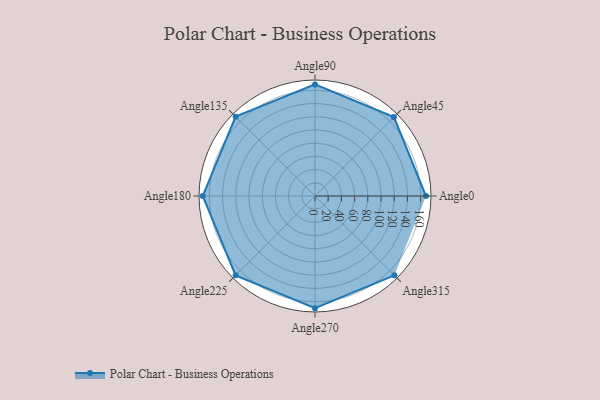
{"axis": {"x": "Angle", "y": "Radius"}, "legend": [""], "data": [{"x": "Angle0", "y": 168.0, "type": ""}, {"x": "Angle45", "y": 169.0, "type": ""}, {"x": "Angle90", "y": 169.0, "type": ""}, {"x": "Angle135", "y": 170, "type": ""}, {"x": "Angle180", "y": 170, "type": ""}, {"x": "Angle225", "y": 170, "type": ""}, {"x": "Angle270", "y": 170, "type": ""}, {"x": "Angle315", "y": 170, "type": ""}]}